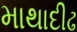
માથાદીઢ